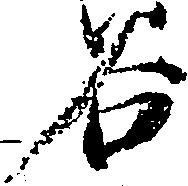
谷